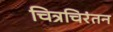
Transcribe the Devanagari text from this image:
चित्रचिरंतन